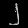
Digit: ၂